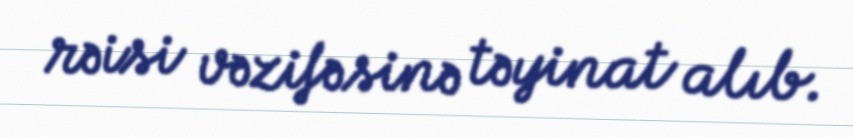
rəisi vəzifəsinə təyinat alıb.